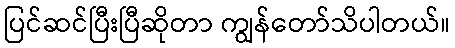
ပြင်ဆင်ပြီးပြီဆိုတာ ကျွန်တော်သိပါတယ်။